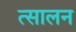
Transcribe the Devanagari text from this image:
त्सालन